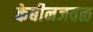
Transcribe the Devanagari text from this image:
केबीनजवळ